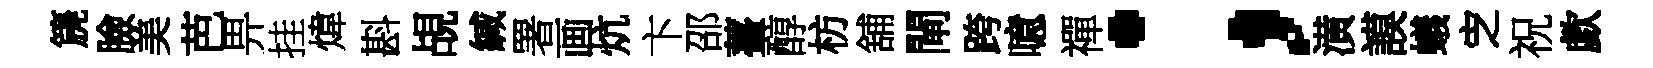
篪臉美芭畀挂煒斟覘緘署画炕卞邵薹醇枋舖閘跨噫禪；潢謨蟻㝎祝歔